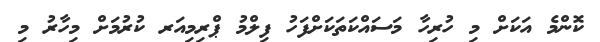
ކޮންމެ އަކަށް މި ހުރިހާ މަސައްކަތަކަށްފަހު ފިލްމު ޕްރިމިއަރ ކުރުމަށް މިހާރު މި